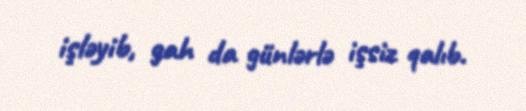
işləyib, gah da günlərlə işsiz qalıb.